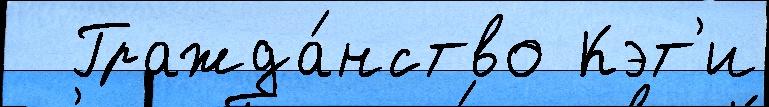
  Гражда́нство Кэт'и